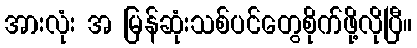
အားလုံး အ မြန်ဆုံးသစ်ပင်တွေစိုက်ဖို့လိုပြီ။